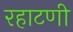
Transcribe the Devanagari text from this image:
रहाटणी